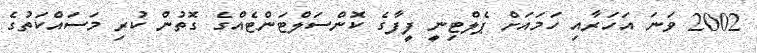
2002 ވަނަ އަހަރާއި ހަމައަށް ޕެލްޓިނީ ފީފާގެ ކޮންސަލްޓަންޓެއްގެ ގޮތުން ކުރި މަސައްކަތުގެ